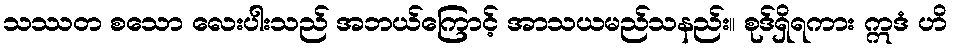
သဿတ စသော လေးပါးသည် အဘယ်ကြောင့် အာသယမည်သနည်း။ စုဒ်ရှိရကား ဣဒံ ဟိ